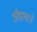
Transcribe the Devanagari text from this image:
ॲडलरने